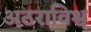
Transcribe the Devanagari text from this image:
अठराविश्व